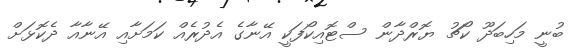
ބުނީ މަހިބަދޫ ކޯޗު ޔޮރްދާން ސްޓޮއިކޯފަކީ އޭނާގެ އެދުރެއް ކަމަށާއި އޭނާއާ ދެކޮޅަށް